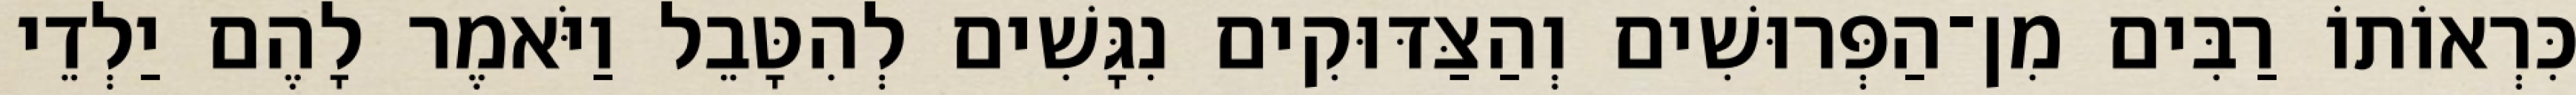
כִּרְאוֹתוֹ רַבִּים מִן־הַפְּרוּשִׁים וְהַצַּדּוּקִים נִגָּשִׁים לְהִטָּבֵל וַיֹּאמֶר לָהֶם יַלְדֵי